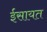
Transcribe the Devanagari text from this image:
ईसायत